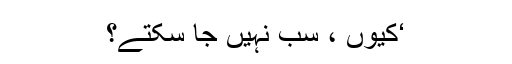
‘کیوں ، سب نہیں جا سکتے؟